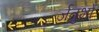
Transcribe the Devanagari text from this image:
र्जतुभों